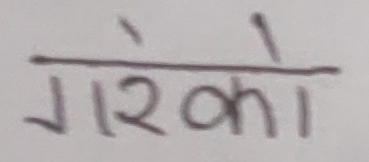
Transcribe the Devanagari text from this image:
गरेको